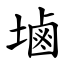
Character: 塷